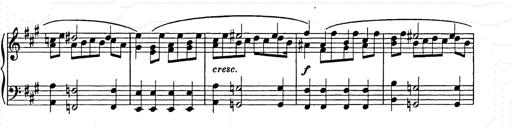
Title: Allegro di bravura
Composer: Carl Maria von Weber
Key: D major